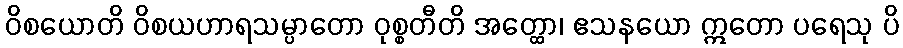
ဝိစယောတိ ဝိစယဟာရသမ္ပာတော ဝုစ္စတီတိ အတ္ထော၊ ဧသနယော ဣတော ပရေသု ပိ